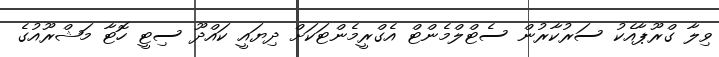
ވިލާ ގްރޫޕާއެކު ސަރުކާރުން ސެޓްލްމެންޓް އެގްރީމެންޓަކަށް ދިޔައީ ކައްދޫ ސިޓީ ހޮޓާ މަޝްރޫއުގެ